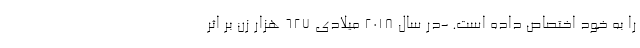
را به خود اختصاص داده است. -در سال ۲۰۱۸ میلادی ۶۲۷ هزار زن بر اثر